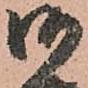
御